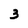
Character: 3